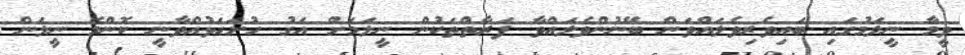
ވީމާ ނީލަމުގައި ބައިވެރިވެލައްވަން ބޭނުންވެލައްވާ ފަރާތްތަކުން ނީލަމަށް އަގު ހުށަހަޅުއްވާނީ ކޮންމެ ނީލަން